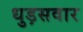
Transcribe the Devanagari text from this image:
धुड़सवार